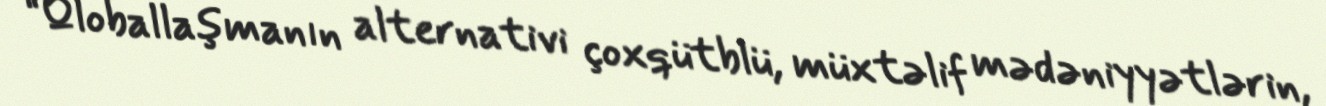
“Qloballaşmanın alternativi çoxqütblü, müxtəlif mədəniyyətlərin,